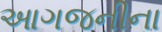
આગજનીના